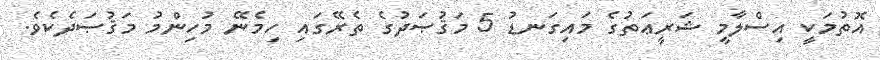
އޮތުމަކީ އިސްލާމީ ޝަރީޢަތުގެ މައިގަނޑު 5 މަޤުޞަދުގެ ތެރޭގައި ހިމެނޭ މުހިންމު މަޤުޞަދެކެވެ.